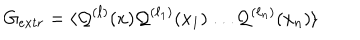
G _ { e x t r } = \langle { \cal Q } ^ { ( \ell ) } ( x ) { \cal Q } ^ { ( \ell _ { 1 } ) } ( x _ { 1 } ) \ldots { \cal Q } ^ { ( \ell _ { n } ) } ( x _ { n } ) \rangle